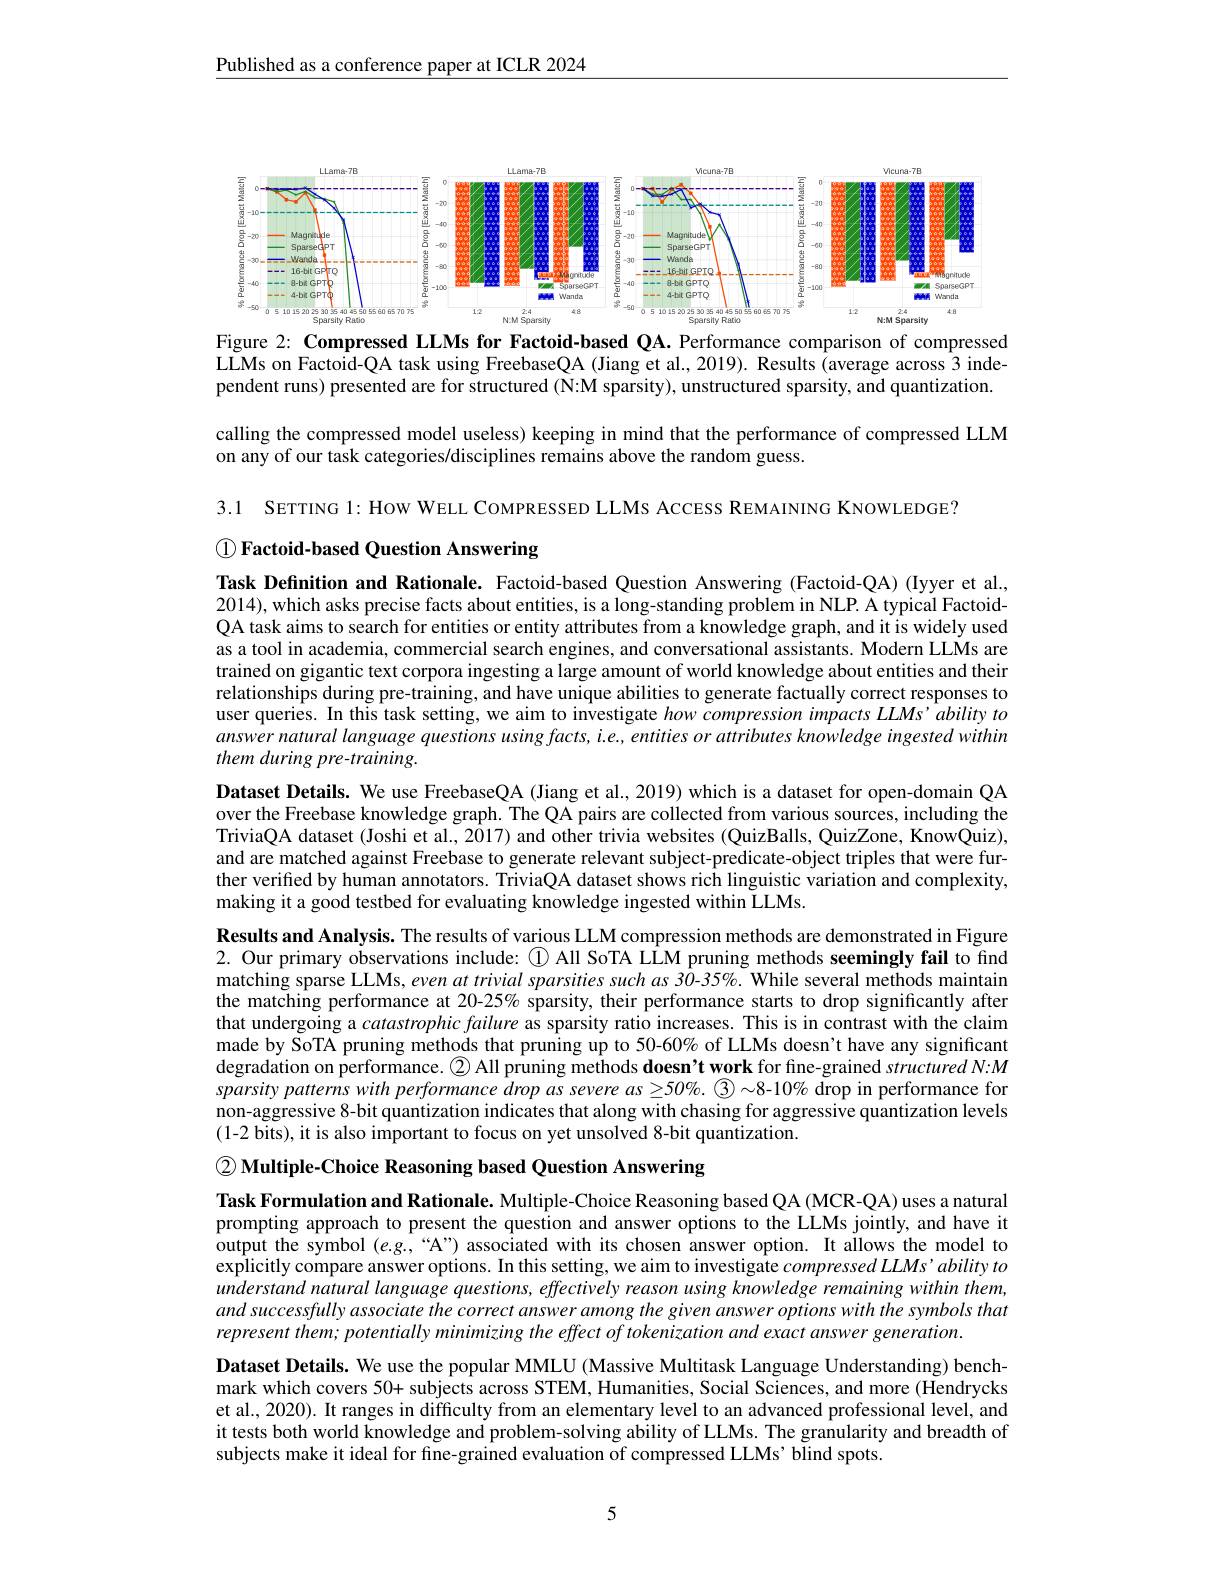
$\underline{\text{Published as a conference paper at ICLR 2024}}$

<FigureHere>

Figure 2: Compressed LLMs for Factoid-based QA. Performance comparison of compressed LLMs on Factoid-QA task using FreebaseQA (Jiang et al., 2019). Results (average across 3 independent runs) presented are for structured (N:M sparsity), unstructured sparsity, and quantization.

calling the compressed model useless) keeping in mind that the performance of compressed LLM
on any of our task categories/disciplines remains above the random guess.

3.1 SETTING 1: HOW WELL COMPRESSED LLMS ACCESS REMAINING KNOWLEDGE?

$\textcircled {1}\textbf{ Factoid- based Question Answering}$

Task Defnition and Rationale. Factoid-based Question Answering (Factoid-QA) (Iyyer et al., 2014),which asks precise facts about entities, is a long-standing problem in NLP. A typical FactoidQA task aims to search for entities or entity attributes from a knowledge graph, and it is widely used as a tool in academia, commercial search engines, and conversational assistants. Modern LLMs are trained on gigantic text corpora ingesting a large amount of world knowledge about entities and their relationships during pre-training, and have unique abilities to generate factually correct responses to user queries. In this task setting, we aim to investigate how compression impacts LLMs'ability to answer natural language questions using facts, i.e, entities or attributes knowledge ingested within them during pre-training.

Dataset Details. We use FreebaseQA (Jiang et al., 2019) which is a dataset for open-domain QA over the Freebase knowledge graph. The QA pairs are collected from various sources, including the TriviaQA dataset (Joshi et al., 2017) and other trivia websites (QuizBalls, QuizZone, KnowQuiz), and are matched against Freebase to generate relevant subject-predicate-object triples that were further verified by human annotators. TriviaQA dataset shows rich linguistic variation and complexity, making it a good testbed for evaluating knowledge ingested within LLMs.

Results and Analysis. The results of various LLM compression methods are demonstrated in Figure 2. Our primary observations include: ◯All SoTA LLM pruning methods seemingly fail to find matching sparse LLMs, even at trivial sparsities such as 30- 35$\%$. While several methods maintain the matching performance at 20-25% sparsity, their performance starts to drop significantly after that undergoing a catastrophic failure as sparsity ratio increases. This is in contrast with the claim made by SoTA pruning methods that pruning up to 50-60% of LLMs doesn't have any significant degradation on performance. $\textcircled{2}$ All pruning methods doesn't work for fne-grained structured N:M $sparsitypatternswithperformancedropassevereas\geq50\%.\textcircled 3\sim8-10\%$ drop in performance for non-aggressive 8-bit quantization indicates that along with chasing for aggressive quantization levels (1-2 bits), it is also important to focus on yet unsolved 8-bit quantization.

$\textcircled{2}$ Multiple-Choice Reasoning based Question Answering

Task Formulation and Rationale. Multiple-Choice Reasoning based QA (MCR-QA) uses a natural prompting approach to present the question and answer options to the LLMs jointly, and have it output the symbol $(e.g.,“$A") associated with its chosen answer option. It allows the model to explicitly compare answer options. In this setting, we aim to investigate compressed LLMs' ability to understand natural language questions, effectively reason using knowledge remaining within them, and successfully associate the correct answer among the given answer options with the symbols that represent them; potentially minimizing the effect of tokenization and exact answer generation.
Dataset Details. We use the popular MMLU (Massive Multitask Language Understanding) benchmark which covers 50+ subjects across STEM, Humanities, Social Sciences, and more (Hendrycks et al., 2020). It ranges in difficulty from an elementary level to an advanced professional level, and it tests both world knowledge and problem-solving ability of LLMs. The granularity and breadth of subjects make it ideal for fine-grained evaluation of compressed LLMs' blind spots.

5